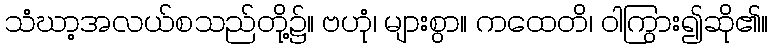
သံဃာ့အလယ်စသည်တို့၌။ ဗဟုံ၊ များစွာ။ ကထေတိ၊ ဝါကြွား၍ဆို၏။